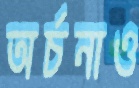
অর্চনাও